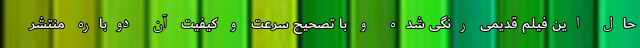
حال این فیلم قدیمی رنگی شده و با تصحیح سرعت و کیفیت آن دوباره منتشر